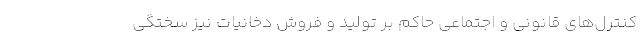
کنترل‌های قانونی و اجتماعی حاکم بر تولید و فروش دخانیات نیز سختگی